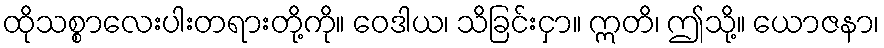
ထိုသစ္စာလေးပါးတရားတို့ကို။ ဝေဒါယ၊ သိခြင်းငှာ။ ဣတိ၊ ဤသို့။ ယောဇနာ၊